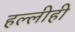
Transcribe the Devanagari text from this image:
हल्लीही